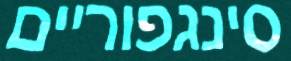
סינגפוריים